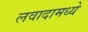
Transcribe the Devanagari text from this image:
लवादामध्ये